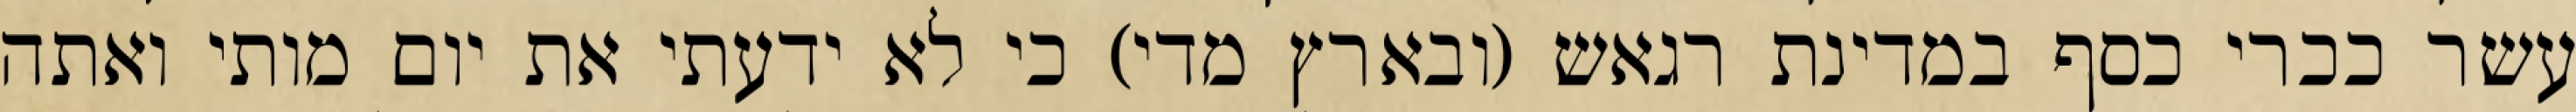
עשר ככרי כסף במדינת רגאש (ובארץ מדי) כי לא ידעתי את יום מותי ואתה